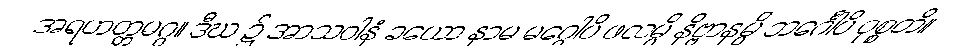
အရဟတ္တမဂ္ဂ။ ဒီဃ ၌ အာသဝါနံ ခယော နာမ မဂ္ဂေါပိ ဖလမ္ပိ နိဗ္ဗာနမ္ပိ ဘင်္ဂေါပိ ဝုစ္စတိ။